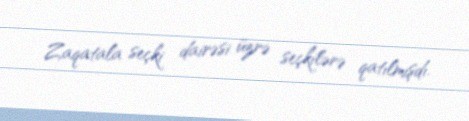
Zaqatala seçki dairəsi üzrə seçkilərə qatılmışdı.